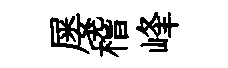
屡稽峰